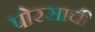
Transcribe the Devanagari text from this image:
पोरसाची